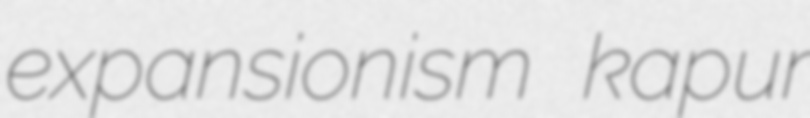
expansionism kapur